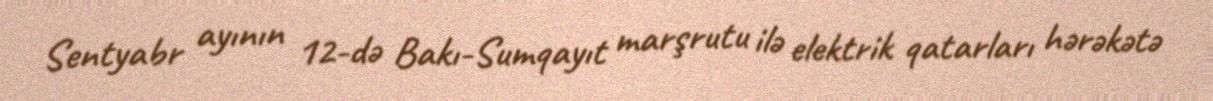
Sentyabr ayının 12-də Bakı-Sumqayıt marşrutu ilə elektrik qatarları hərəkətə